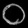
Digit: ၀